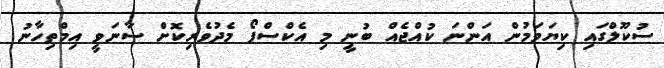
ސުކޫލްގައި ކިޔަވަމުން އަންނަ ކުއްޖެއް ބުނީ މި އެކްސްޕޯ މެދުވެރިކޮށް ސާނަވީ އިމްތިހާނު